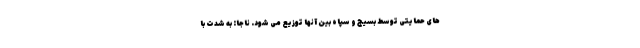
های حمایتی توسط بسیج و سپاه بین آنها توزیع می شود. ناجا: به شدت با